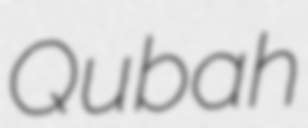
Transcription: Qubah